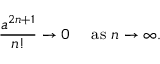
{ \frac { a ^ { 2 n + 1 } } { n ! } } \to 0 \quad { \mathrm { ~ a s ~ } } n \to \infty .